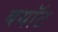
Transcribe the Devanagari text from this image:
बयॉट